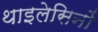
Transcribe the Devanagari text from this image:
थाइलेसिनों